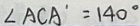
\angle A C A ^ { \prime } = 1 4 0 ^ { \circ }